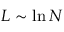
L \sim \ln { N }